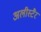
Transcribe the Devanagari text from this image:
अलीस्टैर